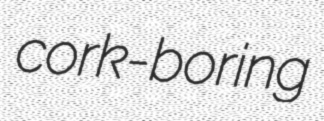
cork-boring